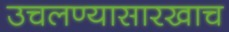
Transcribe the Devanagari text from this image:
उचलण्यासारखाच